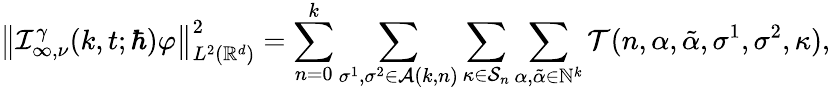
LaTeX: \big\lVert\mathcal{I}_{\infty,\nu}^{\gamma}(k,t;\hbar)\varphi\big\rVert_{L^{2}(\mathbb{R}^{d})}^{2}=\sum_{n=0}^{k}\sum_{\sigma^{1},\sigma^{2}\in\mathcal{A}(k,n)}\sum_{\kappa\in\mathcal{S}_{n}}\sum_{\alpha,\tilde{\alpha}\in\mathbb{N}^{k}}\mathcal{T}(n,\alpha,\tilde{\alpha},\sigma^{1},\sigma^{2},\kappa),